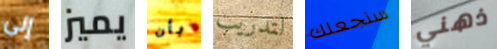
إلى يميز بأن لتدريب سنجعلك ذهني